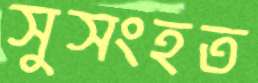
সুসংহত